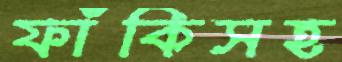
ফাঁকিসহ